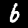
Label: 6